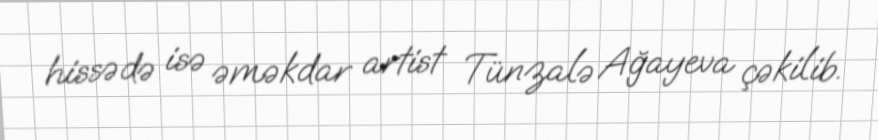
hissədə isə əməkdar artist Tünzalə Ağayeva çəkilib.